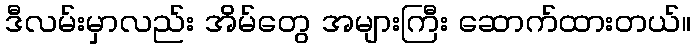
ဒီလမ်းမှာလည်း အိမ်တွေ အများကြီး ဆောက်ထားတယ်။